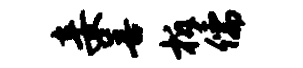
妾善柝儒